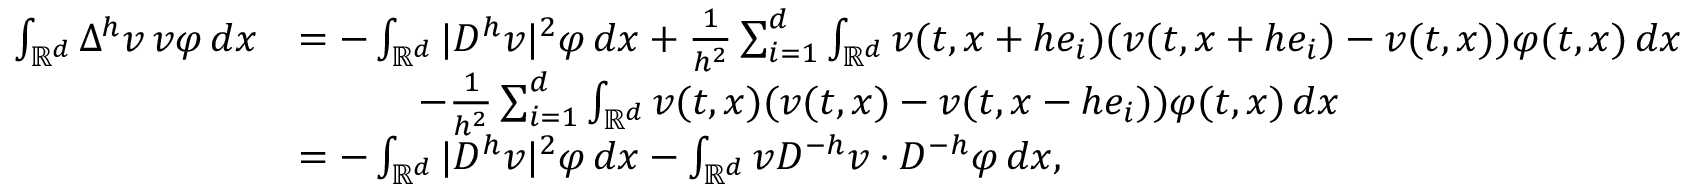
\begin{array} { r l } { \int _ { { \mathbb { R } } ^ { d } } \Delta ^ { h } v \, v \varphi \, d x } & { = - \int _ { { \mathbb { R } } ^ { d } } | D ^ { h } v | ^ { 2 } \varphi \, d x + \frac { 1 } { h ^ { 2 } } \sum _ { i = 1 } ^ { d } \int _ { { \mathbb { R } } ^ { d } } v ( t , x + h e _ { i } ) ( v ( t , x + h e _ { i } ) - v ( t , x ) ) \varphi ( t , x ) \, d x } \\ & { \qquad \quad - \frac { 1 } { h ^ { 2 } } \sum _ { i = 1 } ^ { d } \int _ { { \mathbb { R } } ^ { d } } v ( t , x ) ( v ( t , x ) - v ( t , x - h e _ { i } ) ) \varphi ( t , x ) \, d x } \\ & { = - \int _ { { \mathbb { R } } ^ { d } } | D ^ { h } v | ^ { 2 } \varphi \, d x - \int _ { { \mathbb { R } } ^ { d } } v D ^ { - h } v \cdot D ^ { - h } \varphi \, d x , } \end{array}